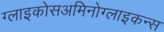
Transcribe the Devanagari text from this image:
ग्लाइकोसअमिनोग्लाइकन्स